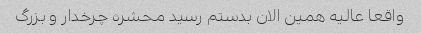
واقعا عالیه همین الان بدستم رسید محشره چرخدار و بزرگ